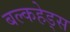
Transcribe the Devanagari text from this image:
बल्‍कहेड्स